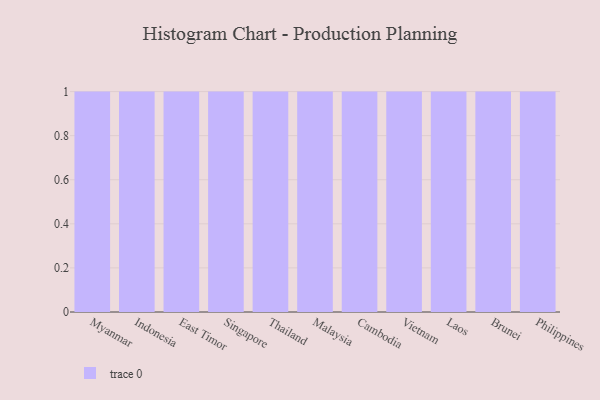
{"axis": {"x": "Country", "y": "Energy Usage (MWh)"}, "legend": [""], "data": [{"x": "Myanmar", "y": 13, "type": ""}, {"x": "Indonesia", "y": 32, "type": ""}, {"x": "East Timor", "y": 20, "type": ""}, {"x": "Singapore", "y": 4, "type": ""}, {"x": "Thailand", "y": 81, "type": ""}, {"x": "Malaysia", "y": 21, "type": ""}, {"x": "Cambodia", "y": 56, "type": ""}, {"x": "Vietnam", "y": 25, "type": ""}, {"x": "Laos", "y": 18, "type": ""}, {"x": "Brunei", "y": 95, "type": ""}, {"x": "Philippines", "y": 68, "type": ""}]}